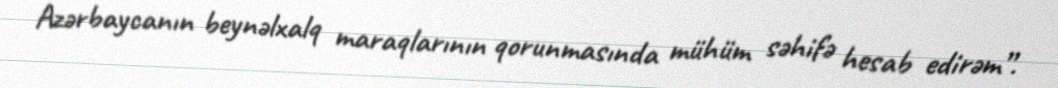
Azərbaycanın beynəlxalq maraqlarının qorunmasında mühüm səhifə hesab edirəm”.